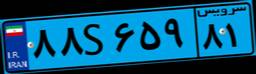
۳۶S۶۳۸۳۶